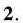
2.